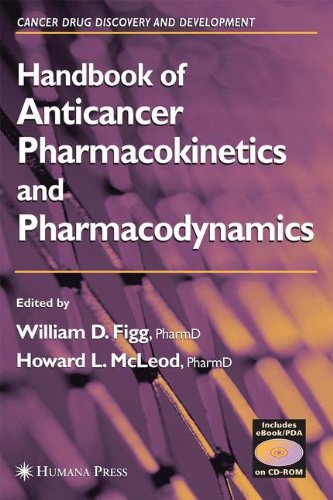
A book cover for Handbook of Anticancer Pharmacokinetics and Pharmacodynamics (Cancer Drug Discovery and Development); Medical Books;